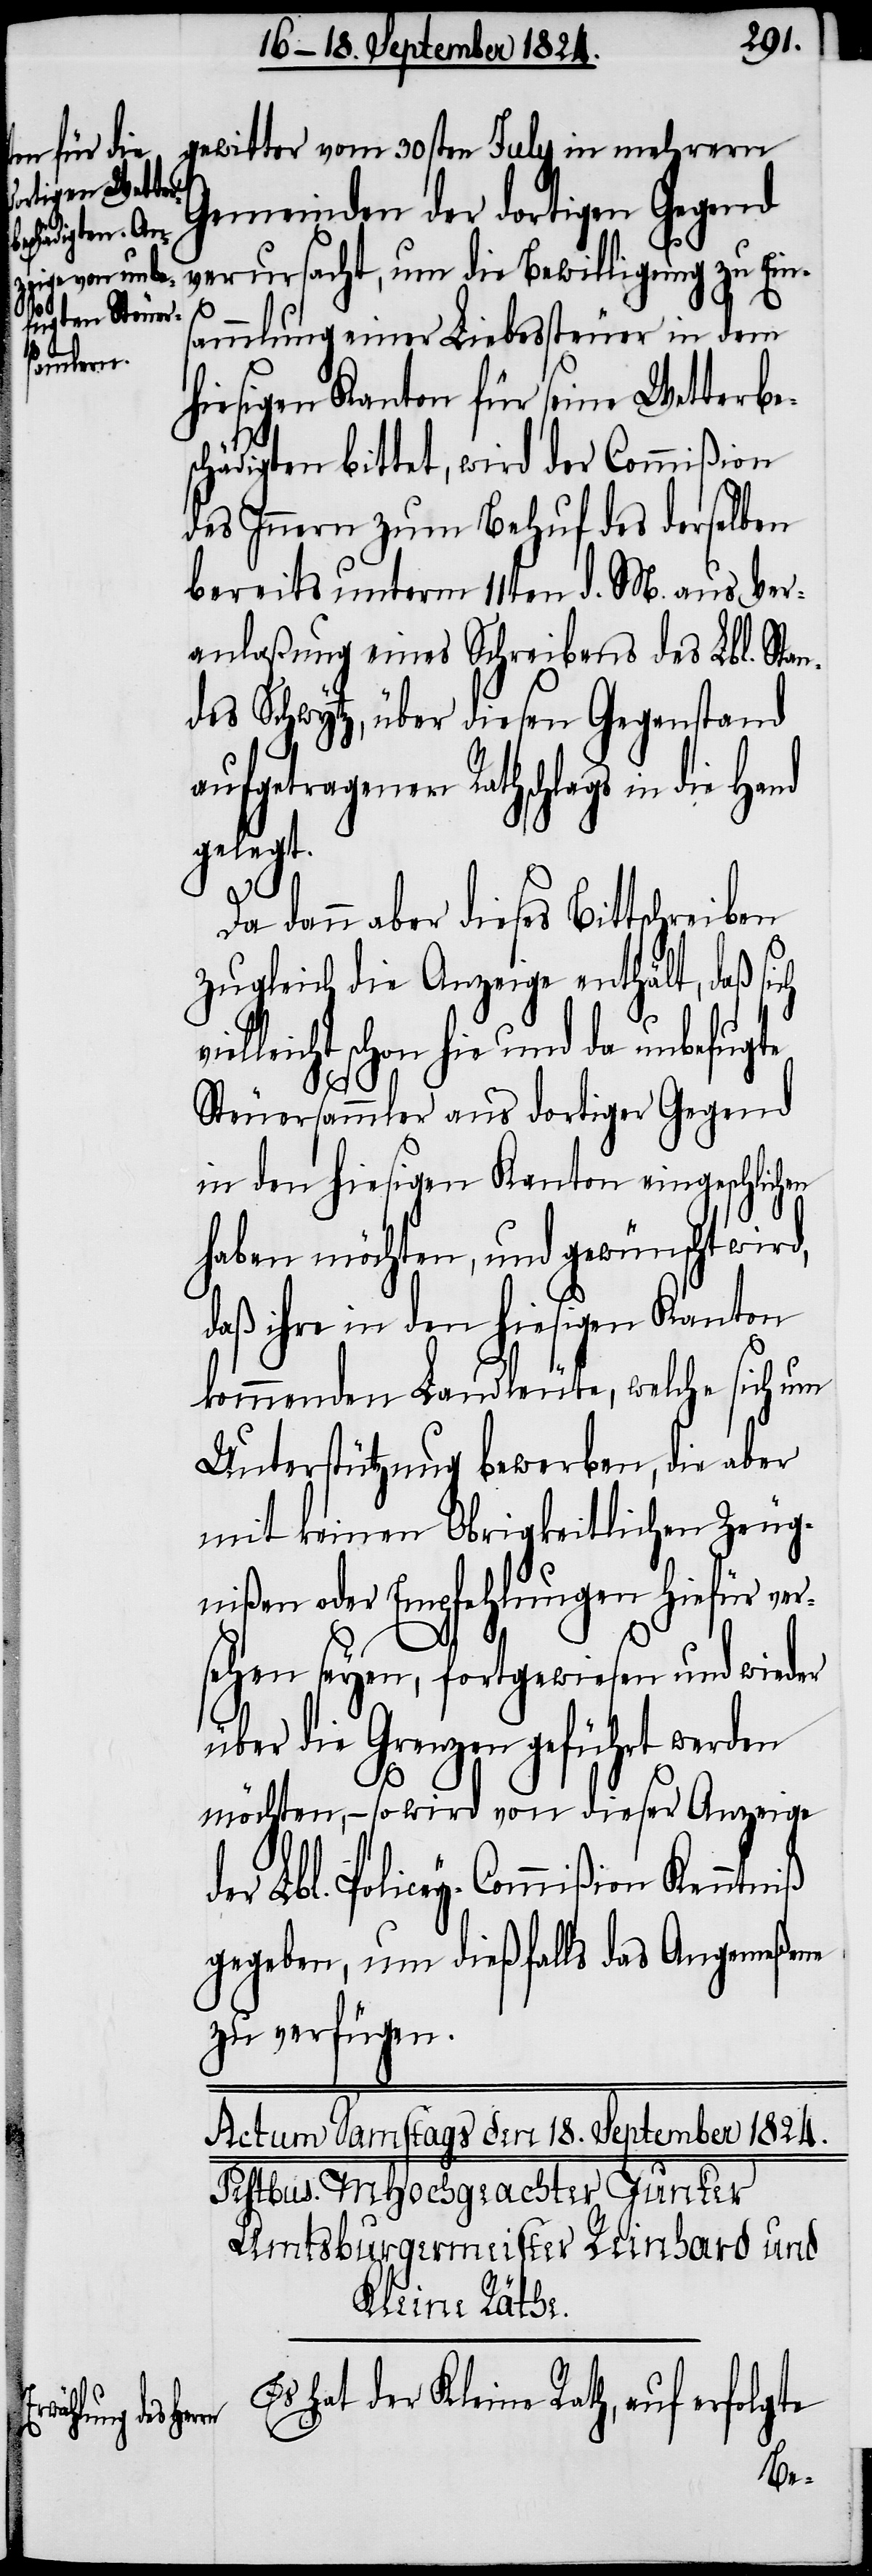
gewitter vom 30sten July in mehrern
Gemeinden der dortigen Gegend
verursacht, um die Bewilligung zu Ein¬
d¬
sammlung einer Liebessteuer in dem
hiesigen Kanton für seine Wetterbe¬
schädigten bittet, wird der Commißion
des Innern zum Behuf des derselben
bereits unterm 11ten d. M. aus Ver¬
anlaßung eines Schreibens des Lbl. Stan¬
des Schwytz, über diesen Gegenstand
aufgetragenen Rathschlags in die Hand
gelegt.
Da dann aber dieses Bittschreiben
zugleich die Anzeige enthält, daß sich
leicht schon hie und da unbefugte
Steuersammler aus dortiger Gegend
in den hiesigen Kanton eingeschlichen
haben möchten, und gewünscht wird,
daß ihre in den hiesigen Kanton
kommenden Landleute, welche sich um
Unterstützung bewerben, die aber
mit keinen Obrigkeitlichen Zeug¬
nißen oder Empfehlungen hiefür ver¬
sehen seyen, fortgewiesen und wieder
über die Grenzen geführt werden
möchte, – so wird von dieser Anzeige
er Lbl. Policey-Commißion Kenntniß
gegeben, um dießfalls das Angemeßene
zu verfügen.
Es hat der Kleine Rath, auf erfolgte
viel¬